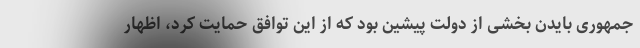
جمهوری بایدن بخشی از دولت پیشین بود که از این توافق حمایت کرد، اظهار